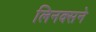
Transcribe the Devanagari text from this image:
लिनक्सने